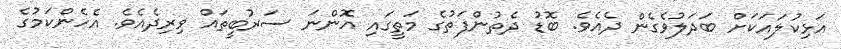
އަޅިކުލައަކަށް ބަދަލުވެގެން ދެއެވެ. ބޮޑު ދެތުންފަތުގެ މަތީގައި އޮންނަ ސަރުބީތައް ވިރިދެއެވެ. އެހެންކަމުގެ